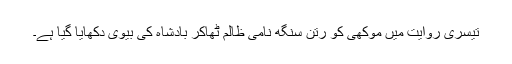
تیسری روایت میں موکھی کو رتن سنگھ نامی ظالم ٹھاکر بادشاہ کی بیوی دکھایا گیا ہے۔